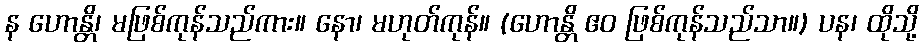
န ဟောန္တိ၊ မဖြစ်ကုန်သည်ကား။ နော၊ မဟုတ်ကုန်။ (ဟောန္တိ ဧဝ ဖြစ်ကုန်သည်သာ။) ပန၊ ထိုသို့